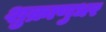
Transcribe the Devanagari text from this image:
शुक्राणुधर